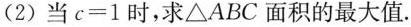
(2)当$$c = 1$$时，求△ABC面积的最大值.